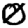
Digit: 0